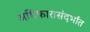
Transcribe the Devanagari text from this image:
अधिकारासंदर्भात